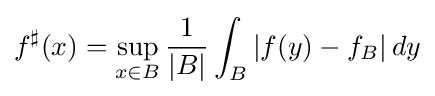
f^{\sharp }(x)=\sup _{x\in B}{\frac {1}{|B|}}\int _{B}|f(y)-f_{B}|\,dy